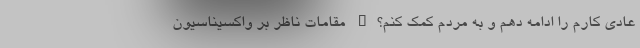
عادی کارم را ادامه دهم و به مردم کمک کنم؟" مقامات ناظر بر واکسیناسیون